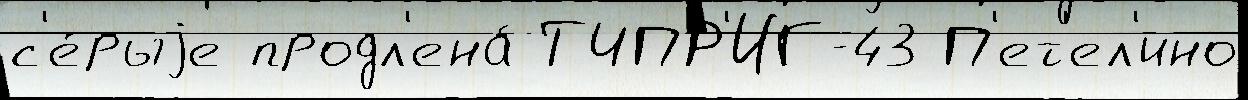
с'е́рыjе продл'ена́ ТЧПР'ИГ-43 П'ет'ел'ино